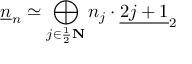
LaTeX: \underline { { { n } } } _ { n } \simeq \bigoplus _ { j \in \frac { 1 } { 2 } \bf N } n _ { j } \cdot \underline { { { 2 j + 1 } } } _ { 2 }